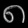
Digit: ၈